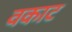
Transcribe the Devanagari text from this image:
वकाट